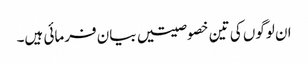
ان لوگوں کی تین خصوصیتیں بیان فرمائی ہیں۔